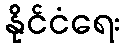
နိုင်ငံရေး